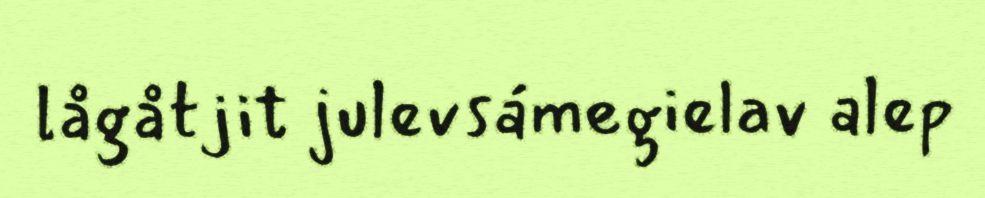
lågåtjit julevsámegielav alep